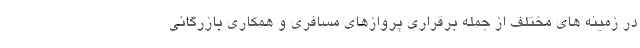
در زمینه های مختلف از جمله برقراری پروازهای مسافری و همکاری بازرگانی